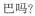
巴吗?